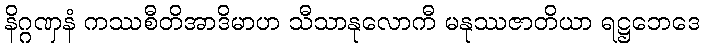
နိဂ္ဂဏှနံ ကဿစီတိအာဒိမာဟ သီသာနုလောကီ မနုဿဇာတိယာ ရဋ္ဌဘေဒေ